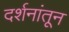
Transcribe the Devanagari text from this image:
दर्शनांतून